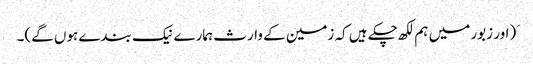
َ (اور زبور میں ہم لکھ چکے ہیں کہ زمین کے وارث ہمارے نیک بندے ہوں گے)۔